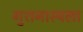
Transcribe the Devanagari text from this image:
गुशनास्पला